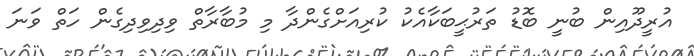
އުރީދޫއިން ބުނީ ބޮޑު ތަރުޙީބަކާއެކު ކުރިއަށްގެންދާ މި މުބާރާތް ވިދިވިދިގެން ހަތް ވަނަ